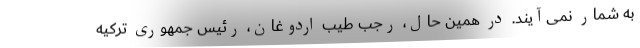
به شمار نمی‌آیند. در همین حال، رجب طیب اردوغان، رئیس جمهوری ترکیه